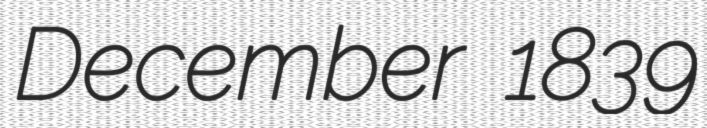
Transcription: December 1839